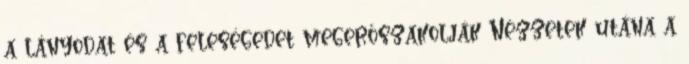
a lányodat és a feleségedet megerőszakolják Nézzetek utána a